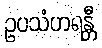
ဥပသံဟရန္တီ